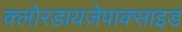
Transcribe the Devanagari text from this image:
क्लोरडायज़ेपाक्साइड